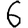
Digit: 6